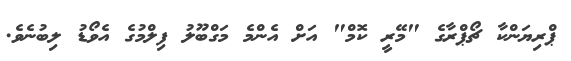
ޕްރިޔަންކާ ޗޯޕްރާގެ "މޭރީ ކޮމް" އަށް އެންމެ މަގްބޫލު ފިލްމުގެ އެވޯޑު ލިބުނެވެ.